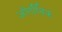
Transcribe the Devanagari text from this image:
ऑर्गॉनिक